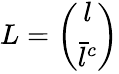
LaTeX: L=\left(\begin{array}{c}{{l}}\\ {{\bar{l}^{c}}}\end{array}\right)